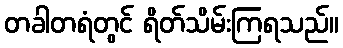
တခါတရံတွင် ရိတ်သိမ်းကြရသည်။